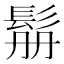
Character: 𩬥